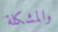
والمشكلة